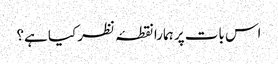
اس بات پر ہمارا نقطۂ نظر کیا ہے؟